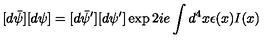
[ d \bar { \psi } ] [ d \psi ] = [ d \bar { \psi } ^ { \prime } ] [ d \psi ^ { \prime } ] \exp { 2 i e \int d ^ { 4 } x \epsilon ( x ) I ( x ) }